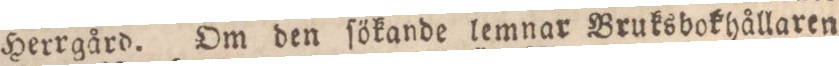
Herrgård. Om den ſökande lemnar Bruksbokhållaren